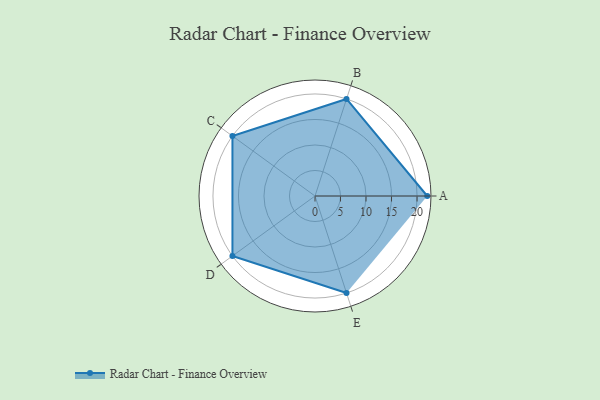
{"axis": {"x": "Skill", "y": "Score"}, "legend": ["Profile"], "data": [{"x": "A", "y": 22.0, "type": "Profile"}, {"x": "B", "y": 20, "type": "Profile"}, {"x": "C", "y": 20, "type": "Profile"}, {"x": "D", "y": 20, "type": "Profile"}, {"x": "E", "y": 20, "type": "Profile"}]}